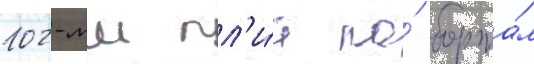
102-мм пл'и́т по́ борта́м